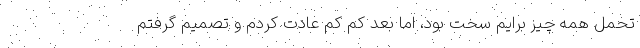
تحمل همه چیز برایم سخت بود، اما بعد کم کم عادت کردم و تصمیم گرفتم